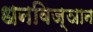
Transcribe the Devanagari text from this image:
धनविज्ञान